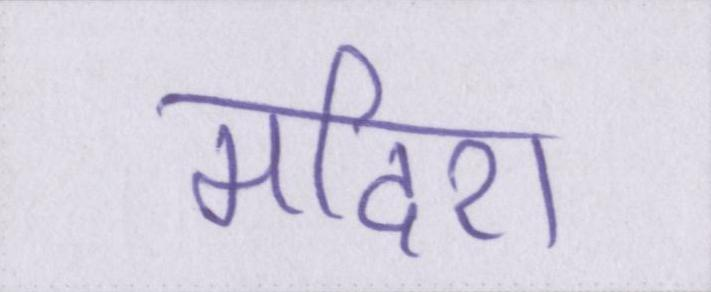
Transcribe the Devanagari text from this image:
मदिरा